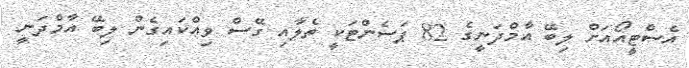
އެސްޓީއޯއަށް ލިބޭ އާމްދަނީގެ 82 ޕަސެންޓަކީ ތެލާއި ގޭސް ވިއްކައިގެން ލިބޭ އާމްދަނީ